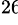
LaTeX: ^{26\! }